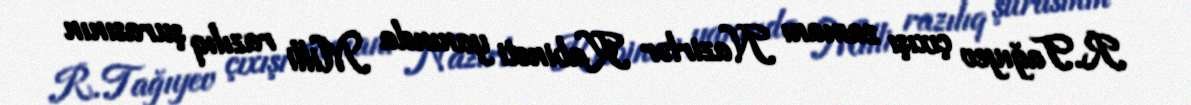
R.Tağıyev çıxışı zamanı Nazirlər Kabineti yanında Milli razılıq şurasının